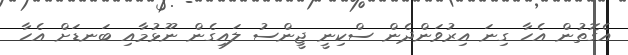
އެގޮތުން އެހާ ގިނަ އިރުވަންދެން ސްކިނީ ޖީންސު ލައިގެން ނޫޅުމާއި ބަނޑަށް އެހާ